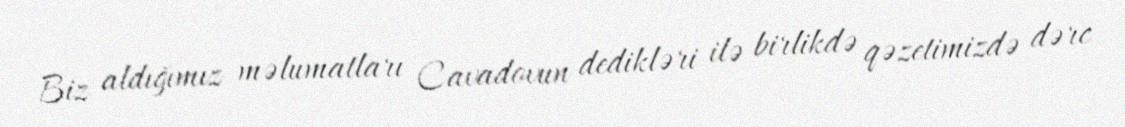
Biz aldığımız məlumatları Cavadovun dedikləri ilə birlikdə qəzetimizdə dərc